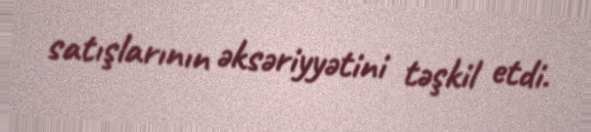
satışlarının əksəriyyətini təşkil etdi.